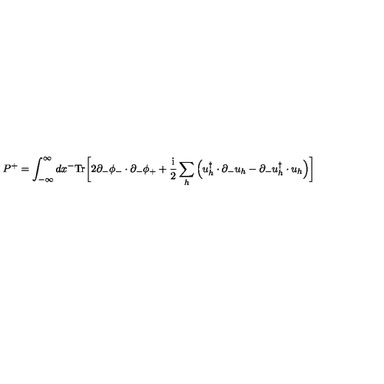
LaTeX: P ^ { + } = \int _ { - \infty } ^ { \infty } d x ^ { - } \mathrm { T r } \biggl [ 2 \partial _ { - } \phi _ { - } \cdot \partial _ { - } \phi _ { + } + { \frac { \mathrm { i } } { 2 } } \sum _ { h } \left( u _ { h } ^ { \dagger } \cdot \partial _ { - } u _ { h } - \partial _ { - } u _ { h } ^ { \dagger } \cdot u _ { h } \right) \biggr ]